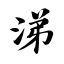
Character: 涕